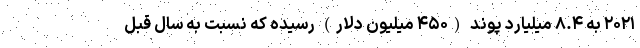
۲۰۲۱ به ۸.۴ میلیارد پوند (۴۵۰ میلیون دلار) رسیده که نسبت به سال قبل